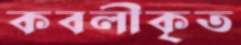
কবলীকৃত